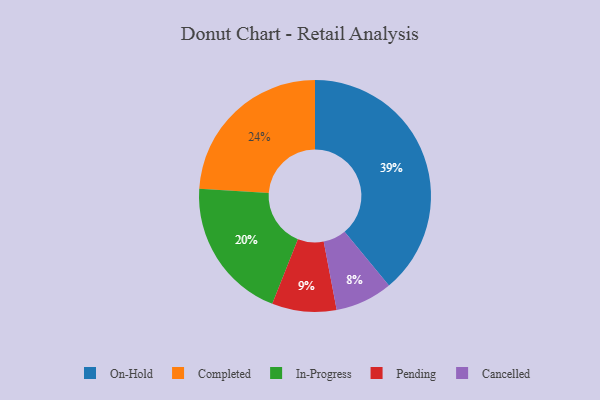
{"axis": {"x": "Category", "y": "Percentage"}, "legend": ["Cancelled", "Completed", "In-Progress", "On-Hold", "Pending"], "data": [{"x": "Pending", "y": 9, "type": "Pending"}, {"x": "On-Hold", "y": 39, "type": "On-Hold"}, {"x": "Cancelled", "y": 8, "type": "Cancelled"}, {"x": "In-Progress", "y": 20, "type": "In-Progress"}, {"x": "Completed", "y": 24, "type": "Completed"}]}